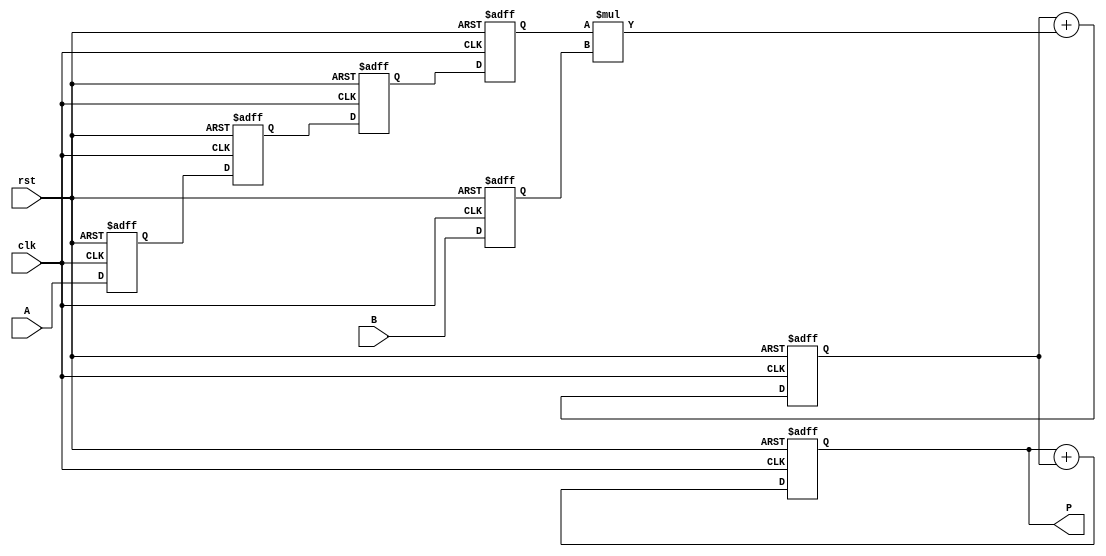
module systolic_multiplier #(
    parameter WIDTH = 4 // Width of the inputs
)(
    input wire clk,
    input wire rst,
    input wire [WIDTH-1:0] A, // Input A
    input wire [WIDTH-1:0] B, // Input B
    output reg [2*WIDTH-1:0] P // Output Product
);

    // Internal signals
    reg [WIDTH-1:0] a_reg [0:WIDTH-1]; // Shift register for A
    reg [WIDTH-1:0] b_reg [0:WIDTH-1]; // Shift register for B
    reg [2*WIDTH-1:0] partial [0:WIDTH-1]; // Partial products

    integer i, j;

    // Initialize registers
    always @(posedge clk or posedge rst) begin
        if (rst) begin
            for (i = 0; i < WIDTH; i = i + 1) begin
                a_reg[i] <= 0;
                b_reg[i] <= 0;
                partial[i] <= 0;
            end
            P <= 0;
        end else begin
            // Shift input A and B into registers
            for (i = WIDTH-1; i > 0; i = i - 1) begin
                a_reg[i] <= a_reg[i-1];
                b_reg[i] <= b_reg[i-1];
            end
            a_reg[0] <= A;
            b_reg[0] <= B;

            // Perform multiplication and accumulation in PEs
            for (i = 0; i < WIDTH; i = i + 1) begin
                for (j = 0; j <= i; j = j + 1) begin
                    if (j == 0) begin
                        partial[i] <= a_reg[j] * b_reg[i-j]; // First PE
                    end else begin
                        partial[i] <= partial[i] + (a_reg[j] * b_reg[i-j]); // Accumulate
                    end
                end
            end

            // Final accumulation to output
            P <= 0;
            for (i = 0; i < WIDTH; i = i + 1) begin
                P <= P + partial[i];
            end
        end
    end
endmodule